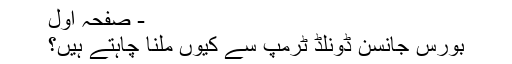
- صفحہ اول
بورس جانسن ڈونلڈ ٹرمپ سے کیوں ملنا چاہتے ہیں؟